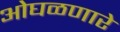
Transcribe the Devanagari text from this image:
ओघळणारे